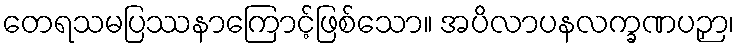
တေရသမပြဿနာကြောင့်ဖြစ်သော။ အပိလာပနလက္ခဏပဉှာ၊